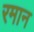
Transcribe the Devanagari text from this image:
रमान